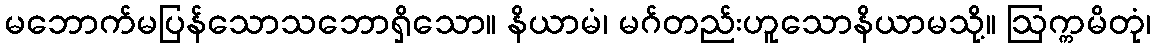
မဘောက်မပြန်သောသဘောရှိသော။ နိယာမံ၊ မဂ်တည်းဟူသောနိယာမသို့။ ဩက္ကမိတုံ၊